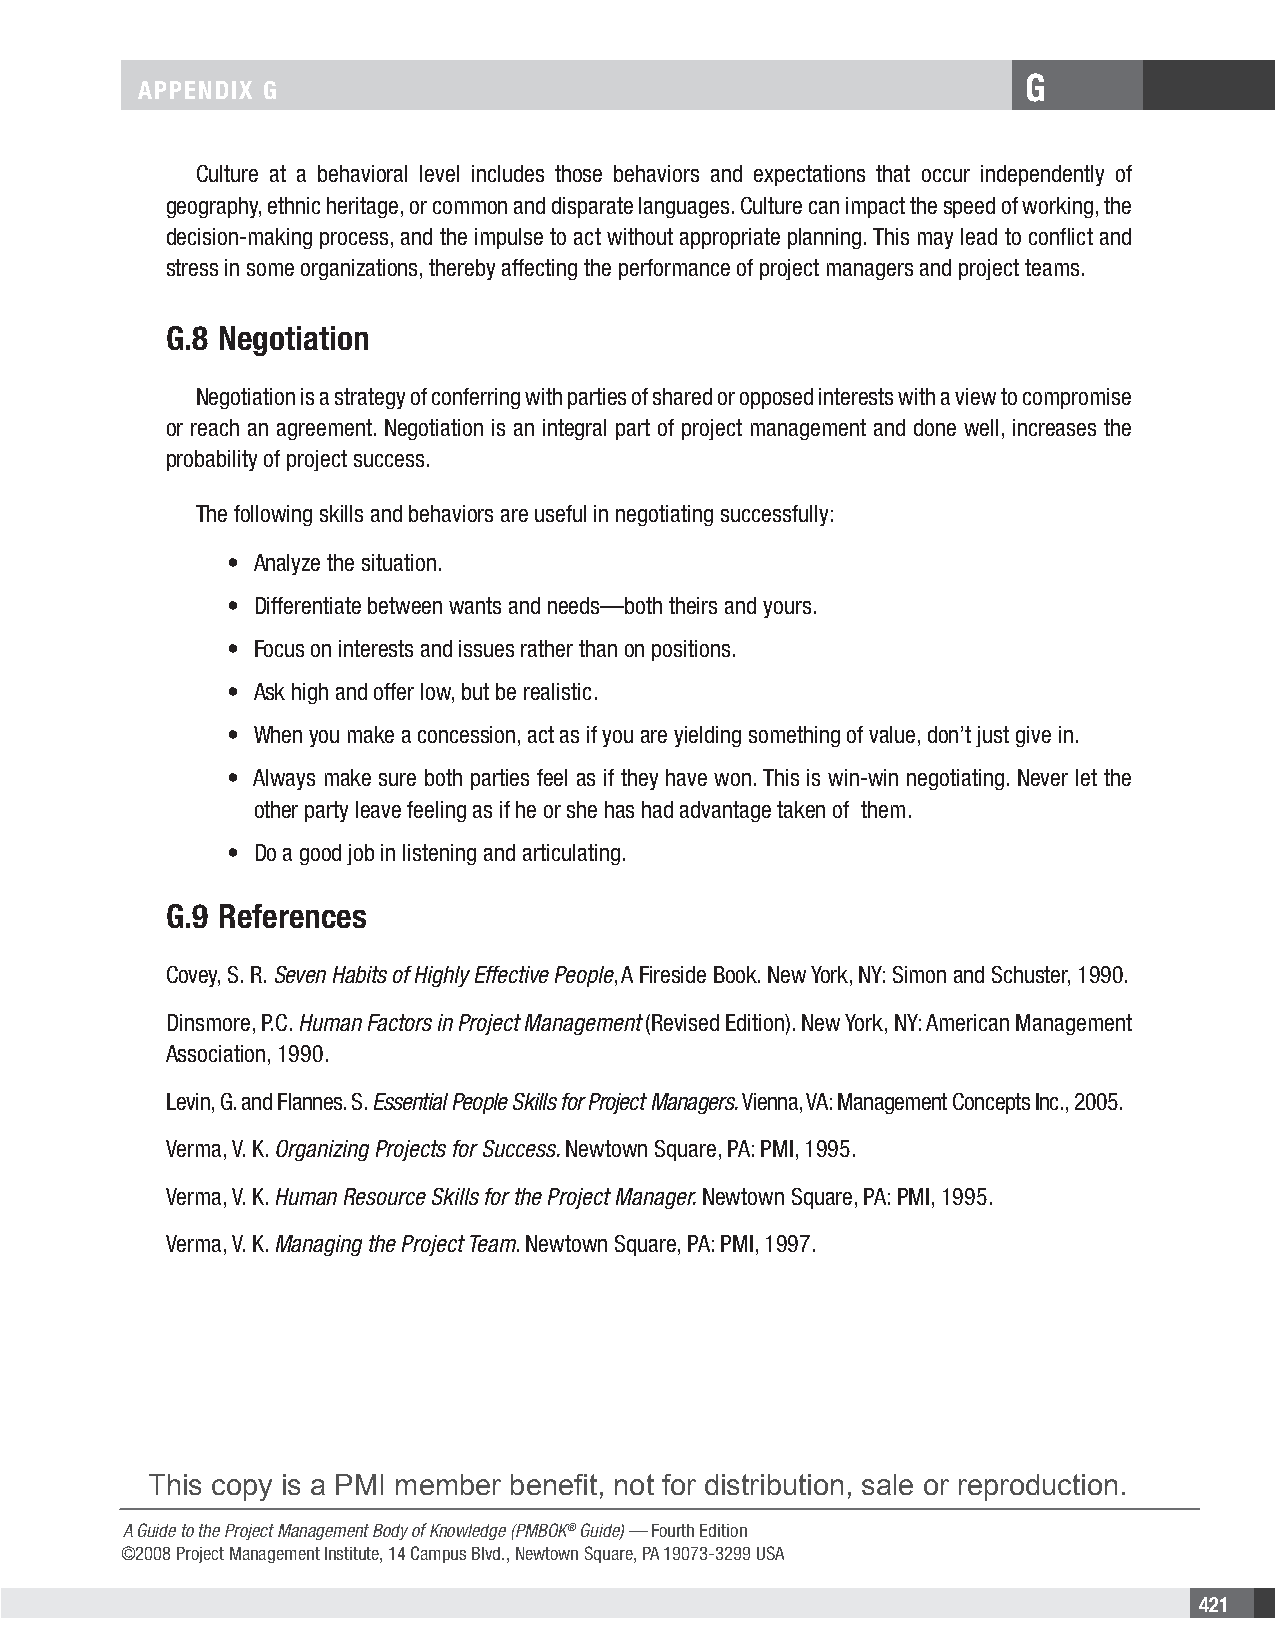
G
 APPENDIX G
 Culture at a behavioral level includes those behaviors and expectations that occur independently of
 geography, ethnic heritage, or common and disparate languages. Culture can impact the speed of working, the
 decision-making process, and the impulse to act without appropriate planning. This may lead to conflict and
 stress in some organizations, thereby affecting the performance of project managers and project teams.
 G.8 Negotiation
 Negotiation is a strategy of conferring with parties of shared or opposed interests with a view to compromise
 or reach an agreement. Negotiation is an integral part of project management and done well, increases the
 probability of project success.
 The following skills and behaviors are useful in negotiating successfully:
 • Analyze the situation.
 • Differentiate between wants and needs—both theirs and yours.
 • Focus on interests and issues rather than on positions.
 • Ask high and offer low, but be realistic.
 • When you make a concession, act as if you are yielding something of value, don’t just give in.
 • Always make sure both parties feel as if they have won. This is win-win negotiating. Never let the
 other party leave feeling as if he or she has had advantage taken of them.
 • Do a good job in listening and articulating.
 G.9 References
 Covey, S. R. Seven Habits of Highly Effective People, A Fireside Book. New York, NY: Simon and Schuster, 1990.
 Dinsmore, P.C. Human Factors in Project Management (Revised Edition). New York, NY: American Management
 Association, 1990.
 Levin, G. and Flannes. S. Essential People Skills for Project Managers. Vienna, VA: Management Concepts Inc., 2005.
 Verma, V. K. Organizing Projects for Success. Newtown Square, PA: PMI, 1995.
 Verma, V. K. Human Resource Skills for the Project Manager. Newtown Square, PA: PMI, 1995.
 Verma, V. K. Managing the Project Team. Newtown Square, PA: PMI, 1997.
 This copy is a PMI member benefit, not for distribution, sale or reproduction.
 A Guide to the Project Management Body of Knowledge (PMBOK® Guide) — Fourth Edition
 ©2008 Project Management Institute, 14 Campus Blvd., Newtown Square, PA 19073-3299 USA
 421